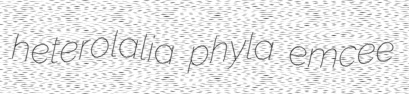
heterolalia phyla emcee